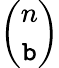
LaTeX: \binom{n}{\mathtt{b}}